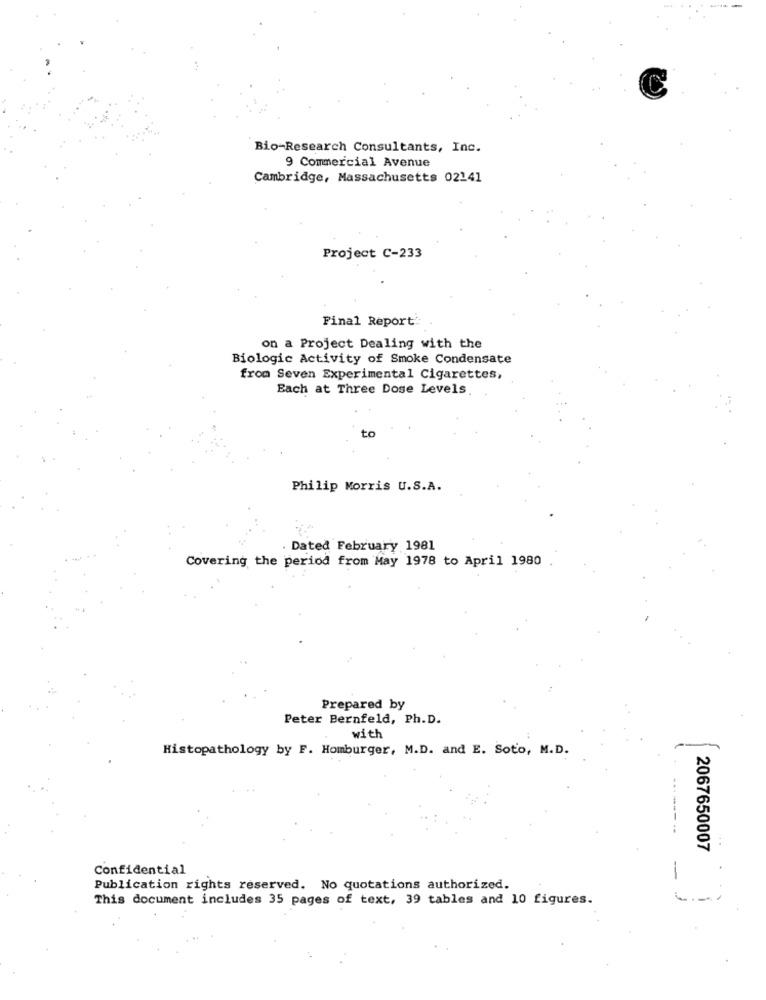
Bio-Research Consultants, Inc.
9 Commercial Avenue
Cambridge, Massachusetts 02141
Project C-233
Final Report:
on a Project Dealing with the
Biologic Activity of Smoke Condensate
from Seven Experimental Cigarettes,
Each at Three Dose Levels.
to
Philip Morris U.S.A.
Dated February 1981
Covering the period from May 1978 to April 1980
Prepared by
Peter Bernfeld, Ph.D.
with
Histopathology by F. Homburger, M.D. and E. Soto, M.D.
-
2067650007
Confidential
-
Publication rights reserved. No quotations authorized.
This document includes 35 pages of text, 39 tables and 10 figures.